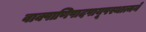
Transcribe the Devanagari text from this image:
वाक्पाणिपादपायूपस्थात्मने